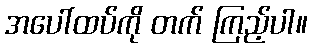
အပေါ်ထပ်ကို တက် ကြည့်ပါ။